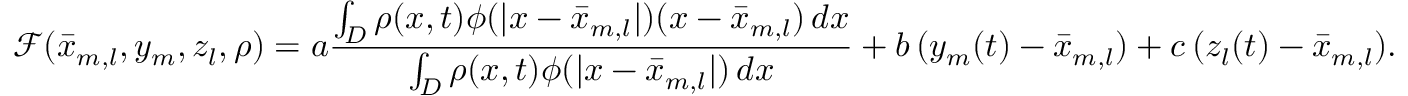
\mathcal { F } ( \bar { x } _ { m , l } , y _ { m } , z _ { l } , \rho ) = a \frac { \int _ { D } \rho ( x , t ) \phi ( | x - \bar { x } _ { m , l } | ) ( x - \bar { x } _ { m , l } ) \, d x } { \int _ { D } \rho ( x , t ) \phi ( | x - \bar { x } _ { m , l } | ) \, d x } + b \, ( y _ { m } ( t ) - \bar { x } _ { m , l } ) + c \, ( z _ { l } ( t ) - \bar { x } _ { m , l } ) .